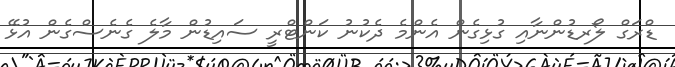
ޑްރަގް ލޯރޑުންނާއި ގުޅިގެން އެންމެ ދެކުނު ކަންޓްރީ ސައިޑުން މާލެ ގެނެސްގެން އުޅޭ